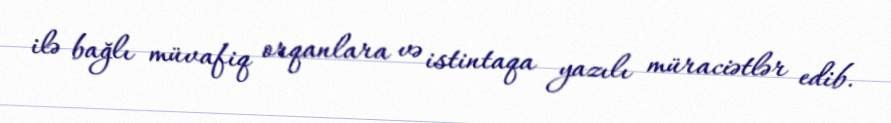
ilə bağlı müvafiq orqanlara və istintaqa yazılı müraciətlər edib.